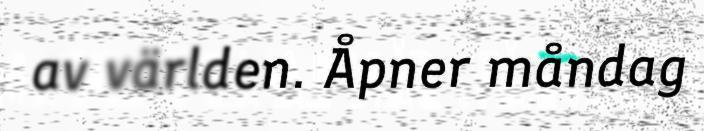
av världen. Åpner måndag